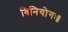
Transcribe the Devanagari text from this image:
विनियोगः॥